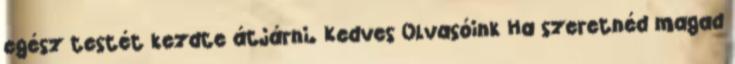
egész testét kezdte átjárni. Kedves Olvasóink Ha szeretnéd magad